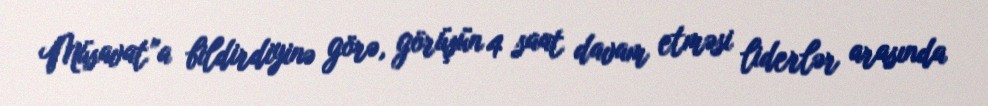
Müsavat”a bildirdiyinə görə, görüşün 4 saat davam etməsi liderlər arasında